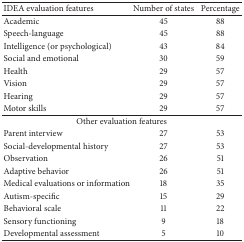
| IDEA evaluation features | Number of states | Percentage |
 | --- | --- | --- |
 | Academic | 45 | 88 |
 | Speech-language | 45 | 88 |
 | Intelligence (or psychological) | 43 | 84 |
 | Social and emotional | 30 | 59 |
 | Health | 29 | 57 |
 | Vision | 29 | 57 |
 | Hearing | 29 | 57 |
 | Motor skills | 29 | 57 |
 | <COLSPAN=3> Other evaluation features |
 | Parent interview | 27 | 53 |
 | Social-developmental history | 27 | 53 |
 | Observation | 26 | 51 |
 | Adaptive behavior | 26 | 51 |
 | Medical evaluations or information | 18 | 35 |
 | Autism-specific | 15 | 29 |
 | Behavioral scale | 11 | 22 |
 | Sensory functioning | 9 | 18 |
 | Developmental assessment | 5 | 10 |